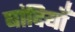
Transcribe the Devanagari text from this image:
बांदियाँ